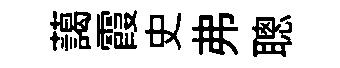
藹霞史弗聰